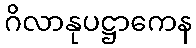
ဂိလာနုပဋ္ဌာကေန